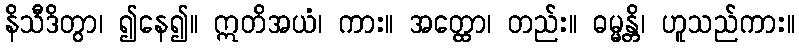
နိသီဒိတွာ၊ ၍နေ၍။ ဣတိအယံ၊ ကား။ အတ္ထော၊ တည်း။ ဓမ္မန္တိ၊ ဟူသည်ကား။